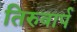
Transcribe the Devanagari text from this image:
तिरुवार्प